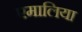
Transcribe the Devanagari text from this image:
एमालिया